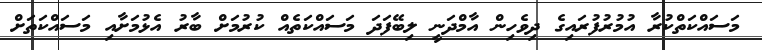
މަސައްކަތްކުރާ އުމުރުފުރައިގެ ދިވެހިން އާމްދަނީ ލިބޭފަދަ މަސައްކަތެއް ކުރުމަށް ބާރު އެޅުމަށާއި މަސައްކަތަށް